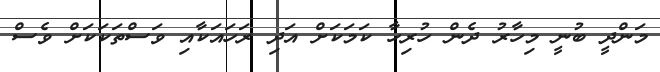
މަންދީ ބުނީ މިހާރު ދެން ހުރިހާ ކަމަކަށް އަދި ރަހައަކާއި ވަސްތަކަކަށް ވެސް